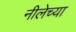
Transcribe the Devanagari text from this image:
नीलेच्या